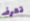
تعرف